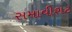
સમાવીશટ